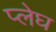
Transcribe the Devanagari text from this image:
प्लेघ